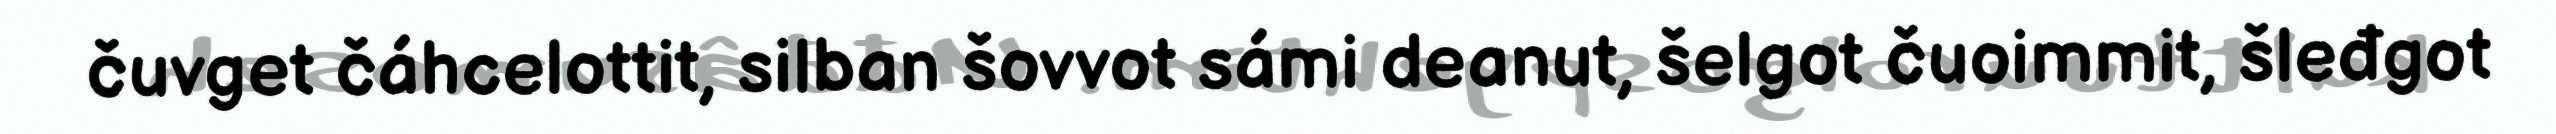
čuvget čáhcelottit, silban šovvot sámi deanut, šelgot čuoimmit, šleđgot